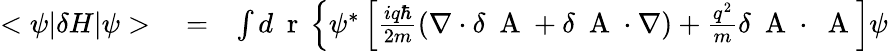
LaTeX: \begin{array}{rlr}{<\psi|\delta H|\psi>}&{{}=}&{\int d\mathrm{~\mathbf~r~}\left\{ \psi^{*}\left[\frac{iq\hbar}{2m}(\nabla\cdot\delta\mathrm{~\mathbf~A~}+\delta\mathrm{~\mathbf~A~}\cdot\nabla)+\frac{q^{2}}{m}\delta\mathrm{~\mathbf~A~}\cdot\mathrm{~\mathbf~A~}\right]\psi\right.}\end{array}